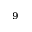
^ 9